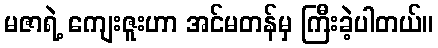
မဇာရဲ့ ကျေးဇူးဟာ အင်မတန်မှ ကြီးခဲ့ပါတယ်။